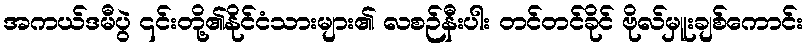
အကယ်ဒမီပွဲ ၎င်းတို့၏နိုင်ငံသားများ၏ လစဉ်နီးပါး တင်တင်ခိုင် ဗိုလ်မှူးချစ်ကောင်း